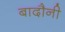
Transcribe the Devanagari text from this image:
बादौनी